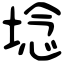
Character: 埝